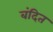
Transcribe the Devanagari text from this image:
बंदित